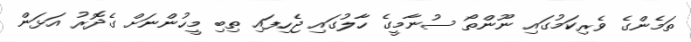
ތަމެންގެ ވެރިކަމުގައި ނޫންތޯ ސުނާމީގެ ހާލުގައި ޖެހިފައި ތިބި މީހުންނަށް ގެދޮރު އަޅަން